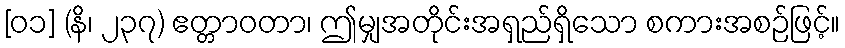
[၀၁] (နိ၊ ၂၃၇) ဧတ္တာဝတာ၊ ဤမျှအတိုင်းအရှည်ရှိသော စကားအစဉ်ဖြင့်။